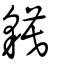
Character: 貘